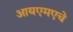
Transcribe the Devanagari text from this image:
आयएमएचे